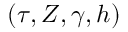
( \tau , Z , \gamma , h )